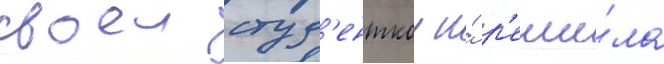
своеи студ'енткои и́ р'еши́ла